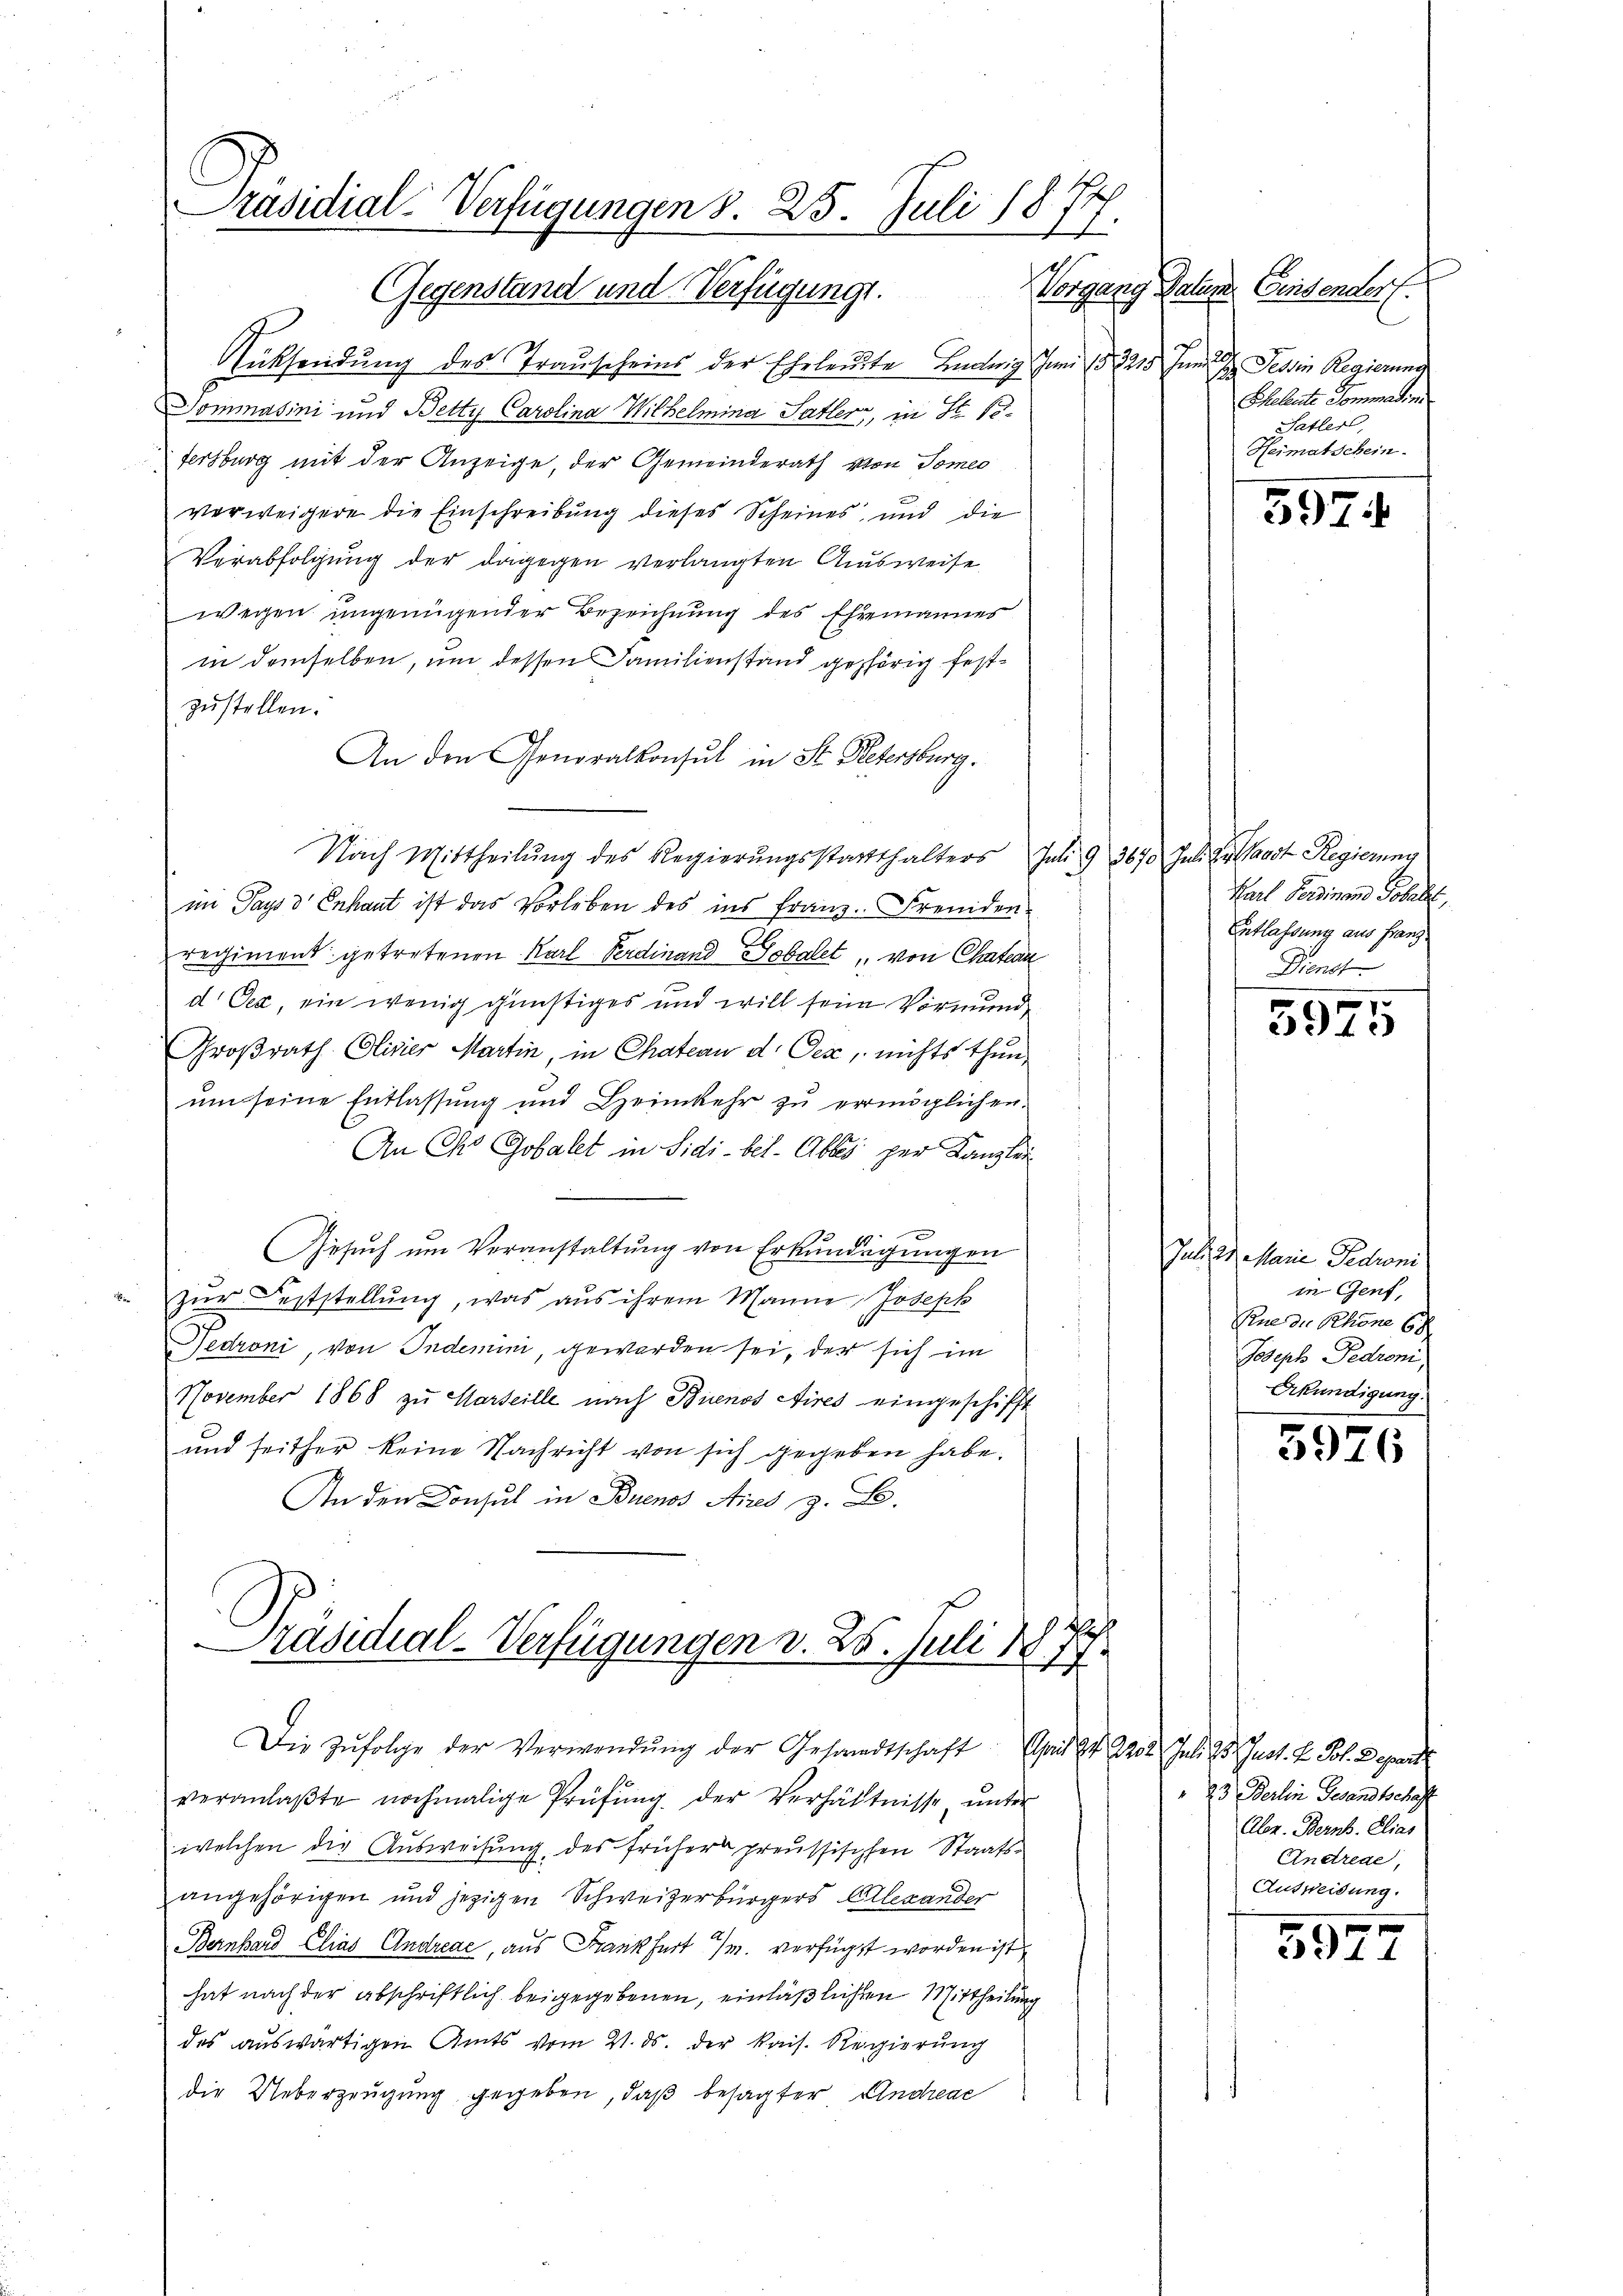
Präsidial-Verfügungen S. 25. Juli 1874.

Gegenstand und Verfügung.

Rücksendung des Trauscheins der Eheleute Ludwig Juni 188215
Dommasini und Betty Carolina Wilhelmina Satter, in St. Se¬
Fersburg mit der Anzeige, der Gemeinderath von Someo
verweigere die Einschreibung dieses Scheines und die
Verabfolgung der dagegen verlangten Ausweise
wegen ungenügender Bezeichnung des Ehemannes
in demselben, um dessen Familienstand gehörig festzustellen.
An den Generalkonsul in St. Petersburg.
Nach Mittheilŭng des Regierŭngsstatthalters Juli 9 3670
im Pays d Enfant ist das Vorleben des ins Franz Fremden
regiment getretenen Karl Ferdinand Sobalet, von Chatean
d Cec, ein wenig günstiges und will seine Vormund
Großrath Clivier Martin, in Chateau d. Oex, nichts thun,
um seine Entlassung und Heimkehr zŭ ermöglichen.
An Cho Gobalet in Sidi-bet. Ables per Kanzlei
Gesuch um Veranstaltung von Erkundigungen
zur Feststellung, was aus ihrem Manne Joseph
Nedroni, von Indemini, geworden sei, der sich im
November 1868 zu Marseille nach Buenos Aires eingeschifft
und seither keine Nachricht von sich gegeben habe.
In den Consul in Buenos Aires z. B.
Präsidial-Verfügungen v. 25. Juli 1877.
Die Zŭfolge der Verwendŭng der Gesandtschaft April er Got
veranlaβte nochmalige Prüfŭng der Verhältnisse ŭnter
welchen die Ausweisung des früher preussischen Staatsangehörigen und jezigen Schweizerbürgers Alexander
Bernhard Elias Andreae, aus Frankfurt /M. verfügt worden ist
hat nach der abschriftlich beigegebenen, einläßlichen Mittheilung
des auswärtigen Amts vom 21. ds. der kais. Regierung
die Ueberzeugung gegeben, daß besagter Andreae

Vorgang Datum. Einsender.
und
 Tessin Regierung
Eheleute Sommadon
Satler,
Heimatschein.

397:

Jeli der Waadt Regierung
Karl Ferdinand Tobelt,
Entlassung aus Franz
Dienst

5925

Juli es Marie Gedroni
in Genf,
Eine die Schöne 6.
Joseph Pedroni,
Erkundigung.

5976

Juli d. Past. H. Joh. Depart
" 23 Berlin Gesandschaft
Abr. Berns. Elias
Andreae,
Ausweisung.
s

3914